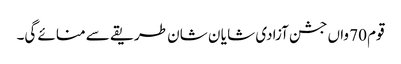
قوم 70 واں جشن آزادی شا یا ن شان طریقے سے منائے گی۔